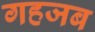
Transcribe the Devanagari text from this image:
गहजब